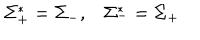
\Sigma _ { + } ^ { * } = \Sigma _ { - } , \Sigma _ { - } ^ { * } = \Sigma _ { + }